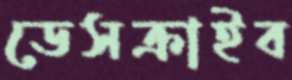
ডেসক্রাইব